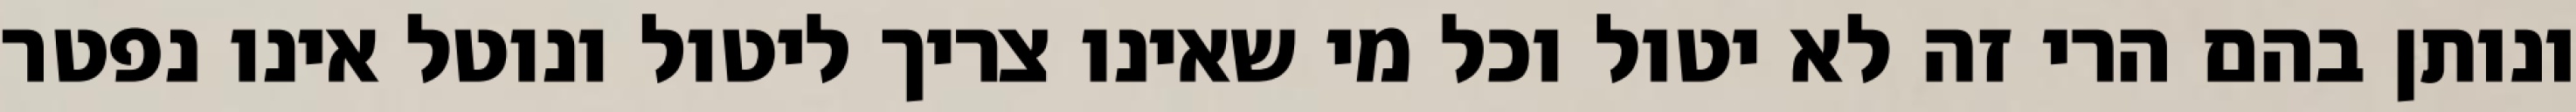
ונותן בהם הרי זה לא יטול וכל מי שאינו צריך ליטול ונוטל אינו נפטר